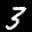
Label: 3